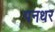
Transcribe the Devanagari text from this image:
पनधर